Insane asylums Bombay 1873-77 - 1873-1877
Year: 1873
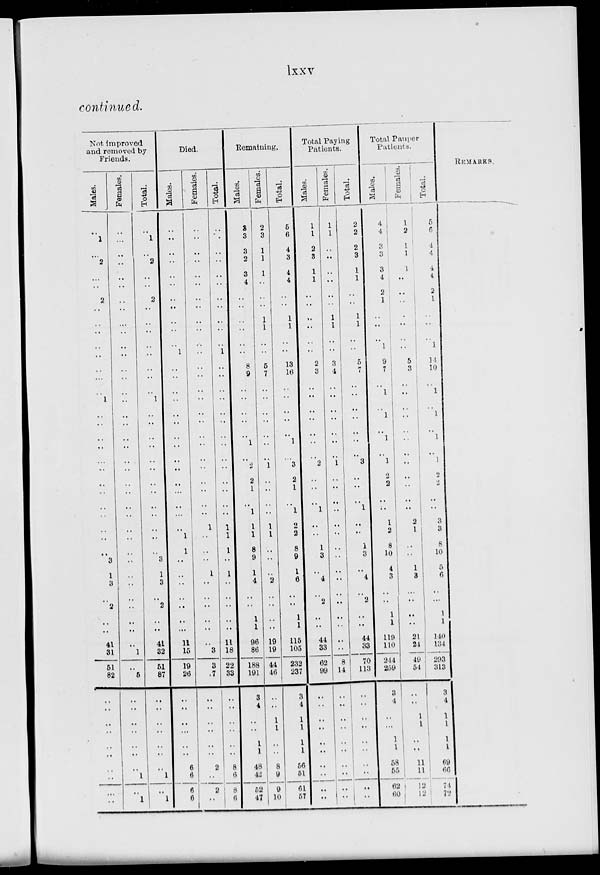
lxxv
continued.
Not improved
and removed by
Friends.
Males.
..
1
..
2
..
..
2
..
..
..
..
..
..
...
..
1
..
..
..
..
..
..
..
..
..
..
..
..
..
3
1
3
..
2
..
..
41
31
51
82
..
..
..
..
..
..
..
..
..
..
Females
..
...
..
..
..
..
..
..
..
..
..
..
..
..
..
..
..
..
..
..
..
..
..
..
..
..
..
..
..
..
..
..
..
..
..
..
..
1
..
5
..
..
..
..
..
..
..
1
..
1
Total.
..
1
..
2
..
..
2
..
..
..
..
..
..
..
..
1
..
..
..
..
..
..
..
..
..
..
..
..
..
3
1
3
..
2
..
..
41
32
51
87
..
..
..
..
..
..
..
1
..
1
Died.
Males.
..
..
..
..
..
..
..
..
..
..
..
1
..
..
..
..
..
..
..
..
..
..
..
..
...
..
1
1
..
..
..
..
..
..
..
11
15
19
26
..
..
..
...
..
..
6
6
6
6
Females.
..
..
..
..
..
..
..
..
..
..
..
..
..
..
..
..
..
..
..
..
..
..
..
..
..
..
1
..
..
..
1
..
..
..
..
..
..
3
3
7
..
..
..
..
..
..
2
..
2
..
Total.
..
..
..
..
..
..
..
..
..
..
..
1
..
..
..
..
..
..
..
..
..
..
..
..
..
..
1
1
1
..
1
..
..
..
..
..
11
18
22
33
..
..
..
..
..
..
8
6
8
6
Remaining.
Males.
3
3
3
2
3
4
..
..
..
..
..
..
8
9
..
..
..
..
..
1
..
2
2
1
..
1
1
1
8
9
1
4
..
..
1
1
96
86
188
191
3
4
..
..
1
1
48
42
52
47
Females.
2
3
1
1
1
..
..
..
1
1
..
..
5
7
..
..
..
..
..
..
..
1
..
..
..
..
1
1
..
..
..
2
..
..
..
..
19
19
44
46
..
..
1
1
..
..
8
9
9
10
Total.
5
6
4
3
4
4
..
..
1
1
..
..
13
16
..
..
..
..
..
1
..
3
2
1
..
1
2
2
8
9
1
6
..
..
1
1
115
105
232
237
3
4
1
1
1
1
56
51
61
57
Total Paying
Patients.
Males.
1
1
2
3
1
1
..
..
..
..
..
..
2
3
..
..
..
..
..
..
..
2
..
..
..
1
..
..
1
3
..
4
..
2
..
..
44
33
62
99
..
..
..
..
..
..
..
..
..
..
Females.
1
1
..
..
..
..
..
..
1
1
..
..
3
4
..
..
..
..
..
..
..
1
..
..
..
..
..
..
..
..
..
..
..
..
..
..
..
..
8
14
..
..
..
..
..
..
..
..
..
..
Total.
2
2
2
3
1
1
..
..
1
1
..
..
5
7
..
..
..
..
..
..
..
3
..
..
..
1
..
..
1
3
..
4
..
2
..
..
44
33
70
113
..
..
..
..
..
..
..
..
..
..
Total Pauper
Patients.
Males.
4
4
..
3
3
4
2
1
..
..
..
1
9
7
..
1
..
1
..
1
..
l
2
2
..
..
1
2
8
10
4
3
..
..
1
1
119
110
244
259
3
4
..
...
1
1
58
55
62
60
Females.
1
2
1
1
1
..
..
..
..
..
..
..
5
3
..
..
..
..
..
.. ..
..
..
..
..
..
2
1
..
..
1
8
..
..
..
..
21
21
49
54
..
..
1
1
..
..
11
11
12
12
Total.
5
6
1
4
4
4
2
1
..
..
..
1
14
10
..
1
..
1
..
1
..
1
2
2
..
..
3
3
8
10
5
6
..
...
1
1
140
134
293
313
3
4
1
1
1
1
69
66
74
72
REMARKS.